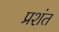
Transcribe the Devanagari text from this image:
प्रशंत